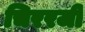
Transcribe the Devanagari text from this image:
चिररजी